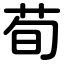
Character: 荀